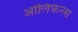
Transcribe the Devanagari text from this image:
ओलिफ़न्त्स